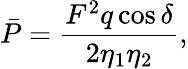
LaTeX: \bar{P}=\frac{{{F^{2}}q\cos\delta}}{{2{\eta_{1}}{\eta_{2}}}},